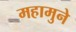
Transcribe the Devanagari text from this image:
महामुने